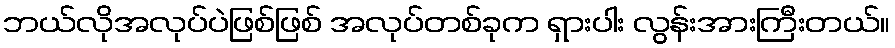
ဘယ်လိုအလုပ်ပဲဖြစ်ဖြစ် အလုပ်တစ်ခုက ရှားပါး လွန်းအားကြီးတယ်။